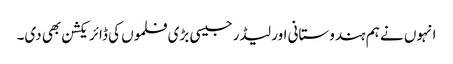
انہوں نے ہم ہندوستانی اور لیڈر جیسی بڑی فلموں کی ڈائریکشن بھی دی۔